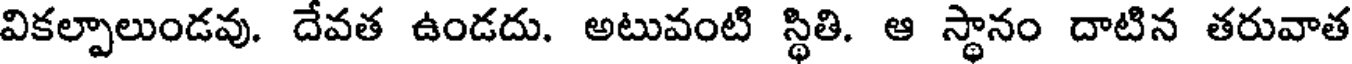
వికల్పాలుండవు. దేవత ఉండదు. అటువంటి స్థితి. ఆ స్థానం దాటిన తరువాత